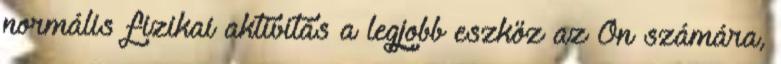
normális fizikai aktivitás a legjobb eszköz az Ön számára,